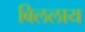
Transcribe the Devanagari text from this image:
बिललाय